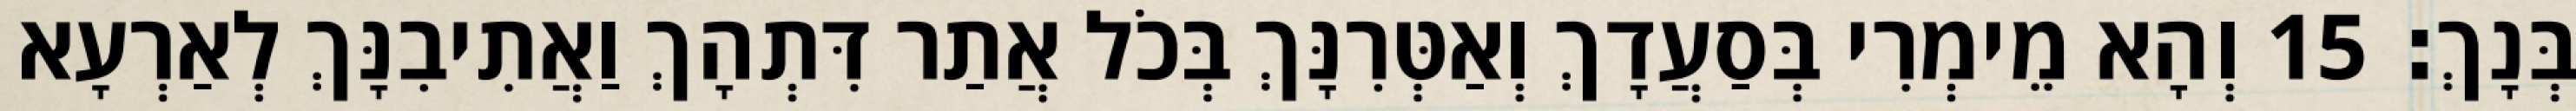
בְּנָךְ׃ 15 וְהָא מֵימְרִי בְּסַעֲדָךְ וְאַטְּרִנָּךְ בְּכֹל אֲתַר דִּתְהָךְ וַאֲתִיבִנָּךְ לְאַרְעָא